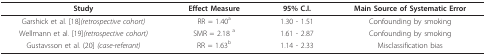
| Study | Effect Measure | 95% C.I. | Main Source of Systematic Error |
 | --- | --- | --- | --- |
 | Garshick et al. [18](retrospective cohort) | RR = 1.40a | 1.30 - 1.51 | Confounding by smoking |
 | Wellmann et al. [19](retrospective cohort) | SMR = 2.18 a | 1.61 - 2.87 | Confounding by smoking |
 | Gustavsson et al. (20] (case-referant) | RR = 1.63b | 1.14 - 2.33 | Misclassification bias |